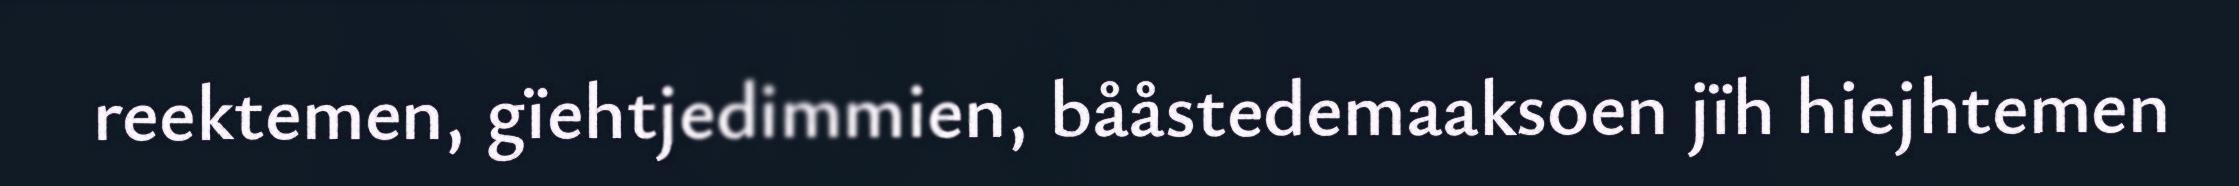
reektemen, gïehtjedimmien, bååstedemaaksoen jïh hiejhtemen